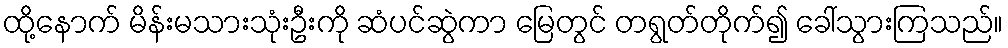
ထို့နောက် မိန်းမသားသုံးဦးကို ဆံပင်ဆွဲကာ မြေတွင် တရွတ်တိုက်၍ ခေါ်သွားကြသည်။